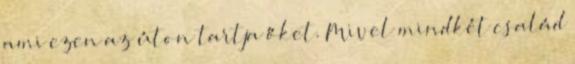
ami ezen az úton tartja őket. Mivel mindkét család